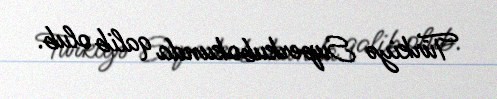
Türkiyə Superkubokunda qalib olub.